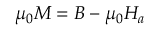
\mu _ { 0 } M = B - \mu _ { 0 } H _ { a }